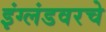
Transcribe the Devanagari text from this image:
इंग्लंडवरचे